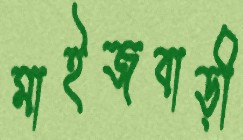
মাইজবাড়ী